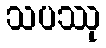
သပဿု